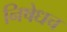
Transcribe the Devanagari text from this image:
निषेधच